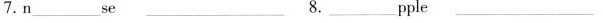
7.n___se___8。___pple___